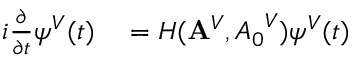
\begin{array} { r l } { i \frac { \partial } { \partial t } \psi ^ { V } ( t ) } & { { } = H ( { \bf A } ^ { V } , { A _ { 0 } } ^ { V } ) \psi ^ { V } ( t ) } \end{array}